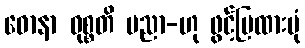
ဓောနာ ဝုစ္စတိ ပညာ-ဟု ဖွင့်ပြထားပုံ